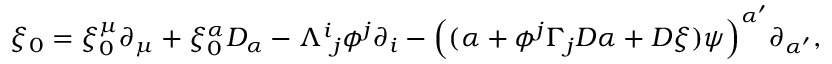
\xi _ { 0 } = \xi _ { 0 } ^ { \mu } \partial _ { \mu } + \xi _ { 0 } ^ { \alpha } D _ { \alpha } - \Lambda ^ { i } { } _ { j } \phi ^ { j } \partial _ { i } - \Big ( ( \alpha + \phi ^ { j } \Gamma _ { j } D \alpha + D \xi ) \psi \Big ) ^ { \alpha ^ { \prime } } \partial _ { \alpha ^ { \prime } } ,